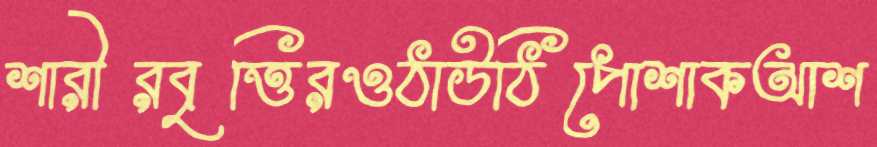
শারীরবৃত্তিরওঠাউঠিপোশাকআশ